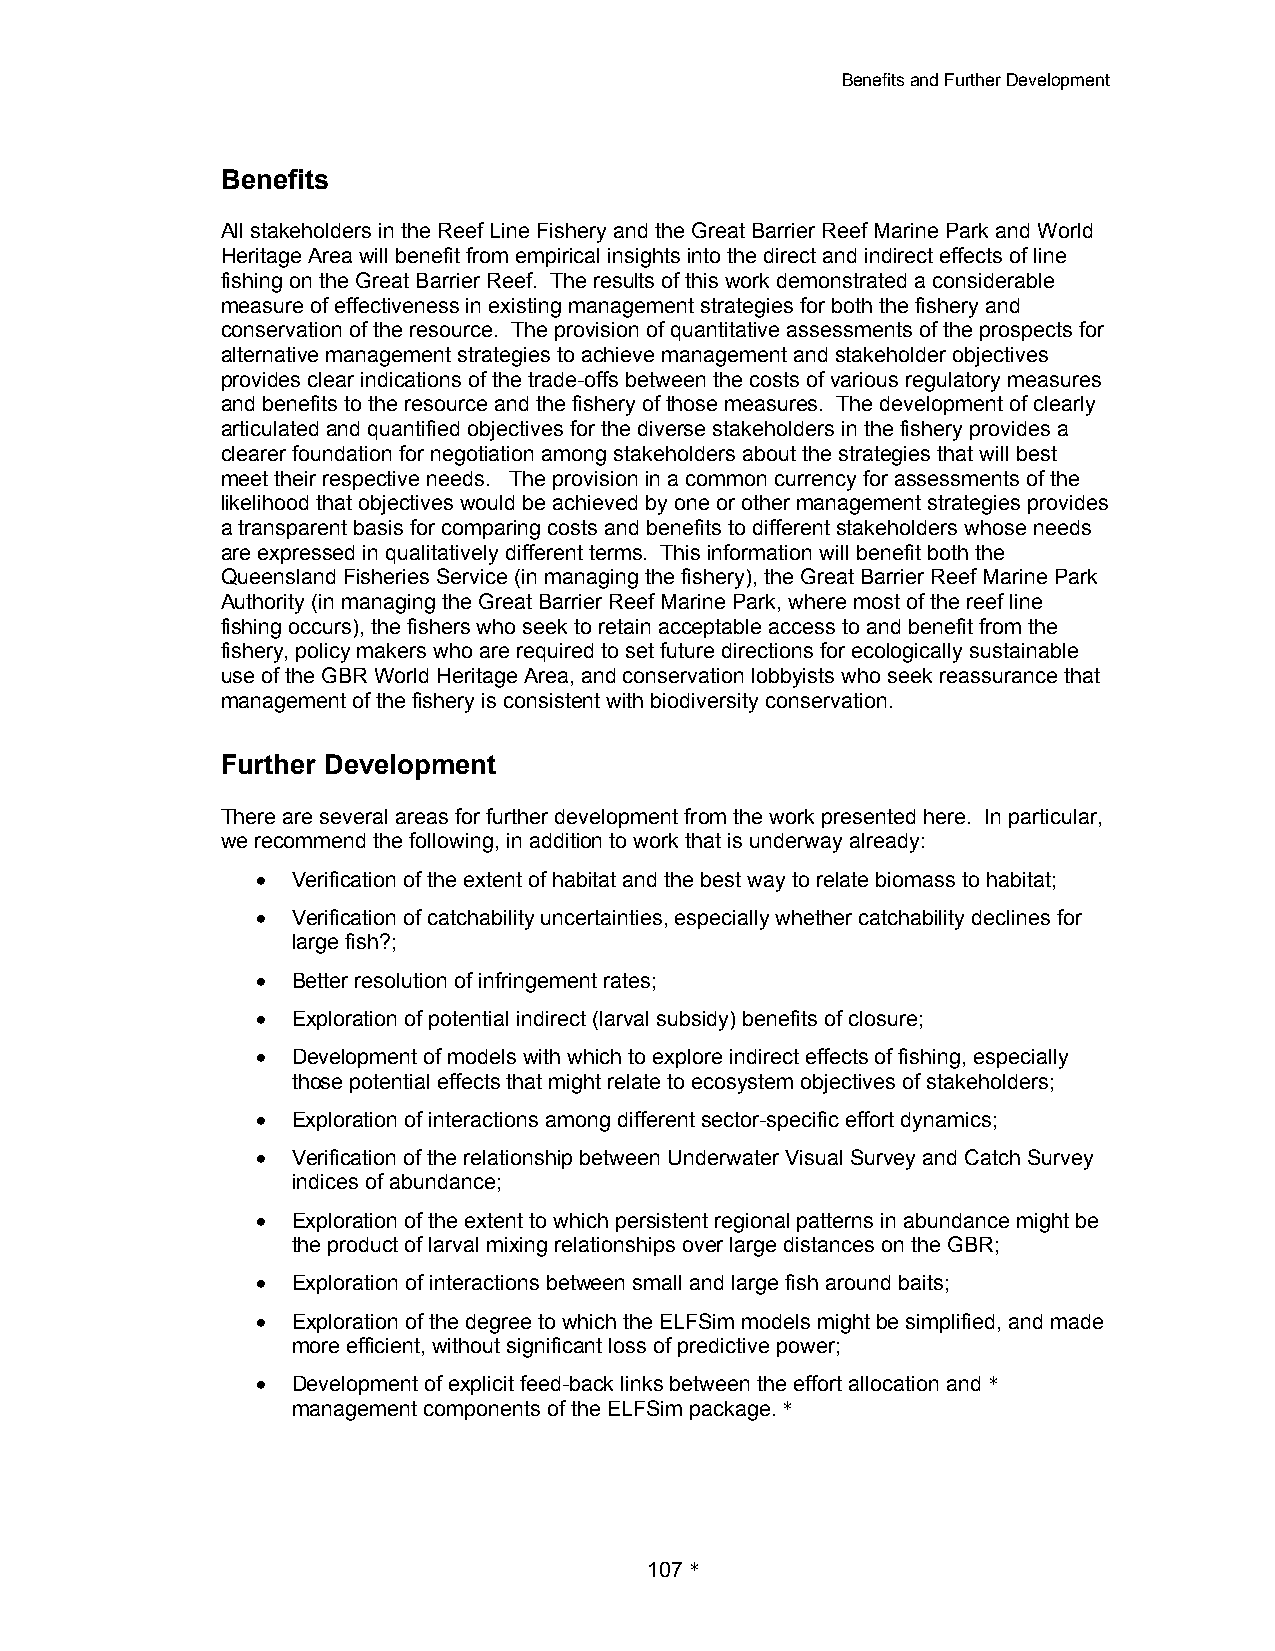
Benefits and Further Development
 Benefits
 All stakeholders in the Reef Line Fishery and the Great Barrier Reef Marine Park and World
 Heritage Area will benefit from empirical insights into the direct and indirect effects of line
 fishing on the Great Barrier Reef. The results of this work demonstrated a considerable
 measure of effectiveness in existing management strategies for both the fishery and
 conservation of the resource. The provision of quantitative assessments of the prospects for
 alternative management strategies to achieve management and stakeholder objectives
 provides clear indications of the trade-offs between the costs of various regulatory measures
 and benefits to the resource and the fishery of those measures. The development of clearly
 articulated and quantified objectives for the diverse stakeholders in the fishery provides a
 clearer foundation for negotiation among stakeholders about the strategies that will best
 meet their respective needs. The provision in a common currency for assessments of the
 likelihood that objectives would be achieved by one or other management strategies provides
 a transparent basis for comparing costs and benefits to different stakeholders whose needs
 are expressed in qualitatively different terms. This information will benefit both the
 Queensland Fisheries Service (in managing the fishery), the Great Barrier Reef Marine Park
 Authority (in managing the Great Barrier Reef Marine Park, where most of the reef line
 fishing occurs), the fishers who seek to retain acceptable access to and benefit from the
 fishery, policy makers who are required to set future directions for ecologically sustainable
 use of the GBR World Heritage Area, and conservation lobbyists who seek reassurance that
 management of the fishery is consistent with biodiversity conservation.
 Further Development
 There are several areas for further development from the work presented here. In particular,
 we recommend the following, in addition to work that is underway already:
 Verification of the extent of habitat and the best way to relate biomass to habitat;
 Verification of catchability uncertainties, especially whether catchability declines for
 large fish?;
 Better resolution of infringement rates;
 Exploration of potential indirect (larval subsidy) benefits of closure;
 Development of models with which to explore indirect effects of fishing, especially
 those potential effects that might relate to ecosystem objectives of stakeholders;
 Exploration of interactions among different sector-specific effort dynamics;
 Verification of the relationship between Underwater Visual Survey and Catch Survey
 indices of abundance;
 Exploration of the extent to which persistent regional patterns in abundance might be
 the product of larval mixing relationships over large distances on the GBR;
 Exploration of interactions between small and large fish around baits;
 Exploration of the degree to which the ELFSim models might be simplified, and made
 more efficient, without significant loss of predictive power;
 Development of explicit feed-back links between the effort allocation and *
 management components of the ELFSim package. *
 107 *